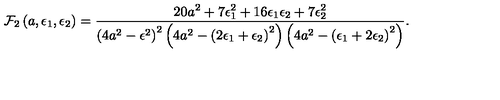
{ \cal F } _ { 2 } \left( a , \epsilon _ { 1 } , \epsilon _ { 2 } \right) = \frac { 2 0 a ^ { 2 } + 7 \epsilon _ { 1 } ^ { 2 } + 1 6 \epsilon _ { 1 } \epsilon _ { 2 } + 7 \epsilon _ { 2 } ^ { 2 } } { \left( 4 a ^ { 2 } - \epsilon ^ { 2 } \right) ^ { 2 } \left( 4 a ^ { 2 } - \left( 2 \epsilon _ { 1 } + \epsilon _ { 2 } \right) ^ { 2 } \right) \left( 4 a ^ { 2 } - \left( \epsilon _ { 1 } + 2 \epsilon _ { 2 } \right) ^ { 2 } \right) } .